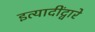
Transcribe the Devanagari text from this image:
इत्यादींद्वारे